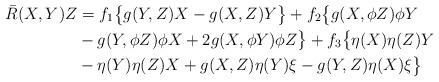
LaTeX: \begin{align*}\bar{R}(X,Y)Z &=f_1\big\{g(Y,Z)X-g(X,Z)Y\big\}+f_2\big\{g(X,\phi Z)\phi Y\\& - g(Y,\phi Z)\phi X + 2g(X,\phi Y)\phi Z\big\}+f_3\big\{\eta(X)\eta(Z)Y\\& - \eta(Y)\eta(Z)X+g(X,Z)\eta(Y)\xi - g(Y,Z)\eta(X)\xi\big\}\end{align*}